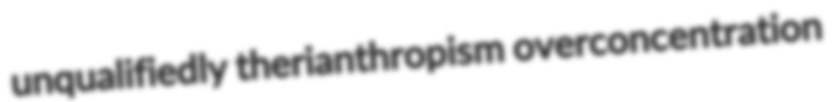
unqualifiedly therianthropism overconcentration